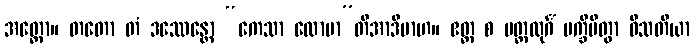
အတ္ထော။ တတော တံ ဒဿေန္တော “ကေသာ လောမာ”တိအာဒိမာဟ။ ဧတ္ထ စ မတ္ထလုင်္ဂံ ပက္ခိပိတွာ ဝီသတိယာ